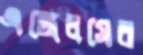
এঙ্গেলসের